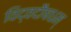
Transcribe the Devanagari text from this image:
विद्वदौषधम्